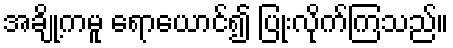
အချို့ကမူ ရောယောင်၍ ပြုံးလိုက်ကြသည်။